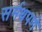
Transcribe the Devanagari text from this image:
सर्मथपणे